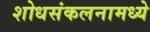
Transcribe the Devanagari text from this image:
शोधसंकलनामध्ये